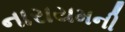
નારાયમની